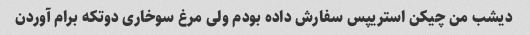
دیشب من چیکن استریپس سفارش داده بودم ولی مرغ سوخاری دوتکه برام آوردن